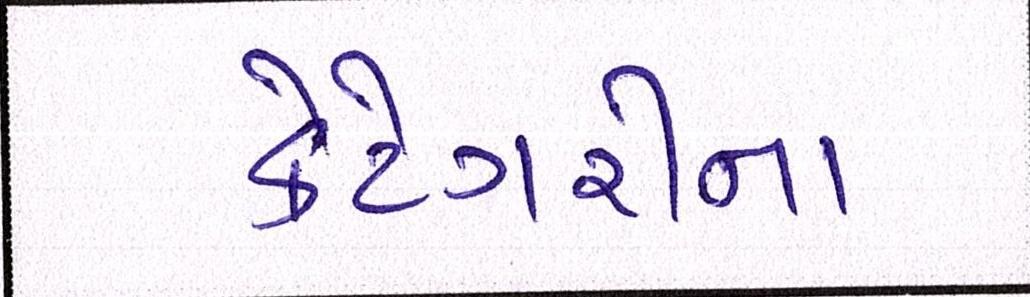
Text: કેટેગરીના